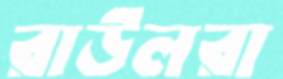
রাউলরা